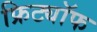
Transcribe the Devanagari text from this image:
फ्रिट्यॉफ